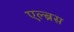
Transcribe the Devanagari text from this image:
एल्ब्रस